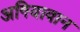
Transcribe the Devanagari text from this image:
अगियावान